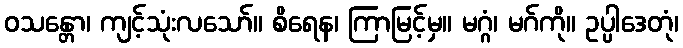
ဝသန္တော၊ ကျင့်သုံးလသော်။ စိရေန၊ ကြာမြင့်မှ။ မဂ္ဂံ၊ မဂ်ကို။ ဥပ္ပါဒေတုံ၊